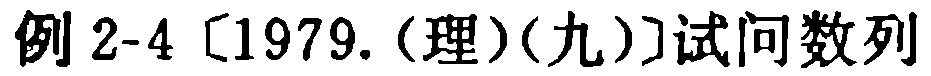
例 2-4 [1979.(理)(九)]试问数列